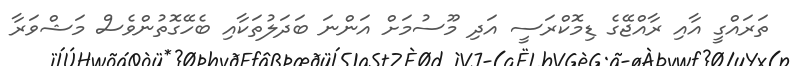
ތަރައްގީ އާއި ރާއްޖޭގެ ޑިމޮކްރަސީ އަދި މޫސުމަށް އަންނަ ބަދަލުތަކާއި ބެހޭގޮތުންވެސް މަޝްވަރާ